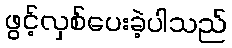
ဖွင့်လှစ်ပေးခဲ့ပါသည်